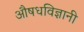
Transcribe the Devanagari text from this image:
औषधविज्ञानी